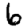
Digit: 6